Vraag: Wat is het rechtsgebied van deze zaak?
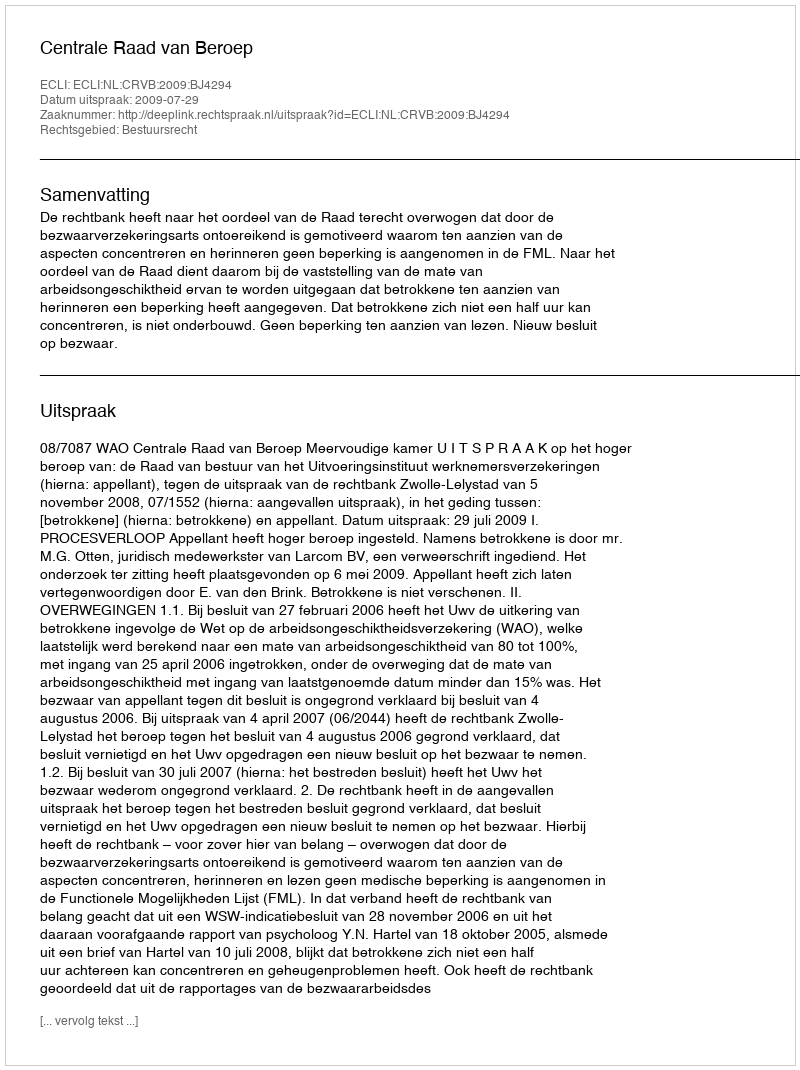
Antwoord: Bestuursrecht